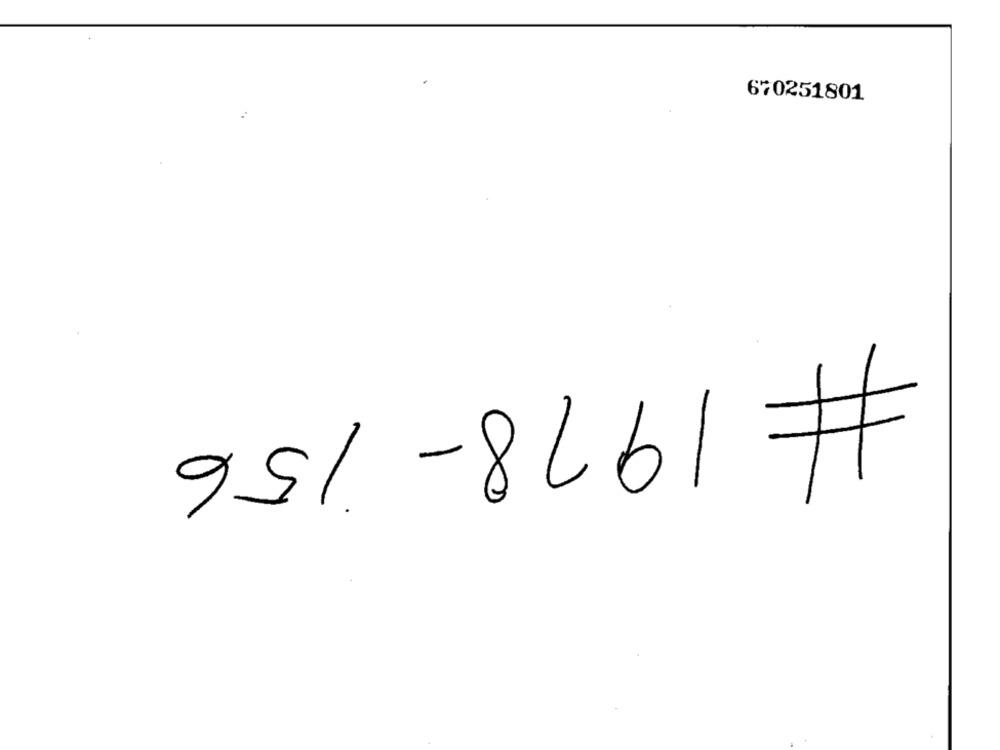
670251801
# 1978- 156